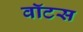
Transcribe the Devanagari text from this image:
वॉटस